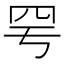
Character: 𦉿